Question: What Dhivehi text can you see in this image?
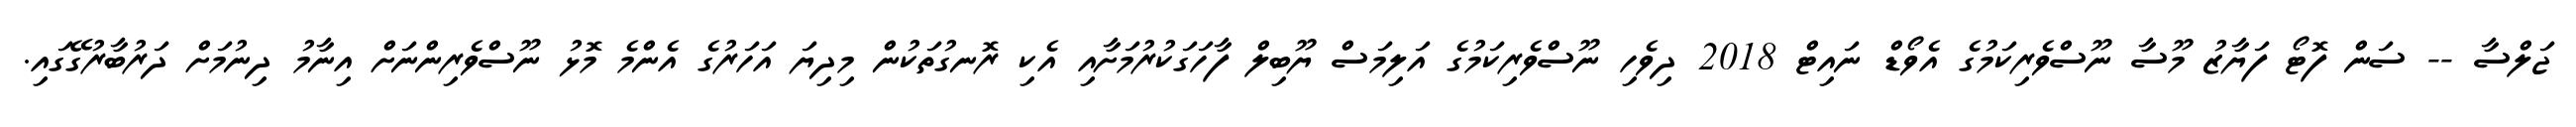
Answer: ޖަލްސާ -- ސަން ފޮޓޯ ފަޔާޒު މޫސާ ނޫސްވެރިކަމުގެ އެވޯޑް ނައިޓް 2018 ދިވެހި ނޫސްވެރިކަމުގެ އަލިމަސް ޔޫބިލް ފާހަގަކުރުމަށާއި އެކި ރޮނގުތަކުން މިދިޔަ އަހަރުގެ އެންމެ މޮޅު ނޫސްވެރިންނަށް އިނާމު ދިނުމަށް ދަރުބާރުގޭގައި.